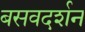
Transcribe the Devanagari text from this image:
बसवदर्शन